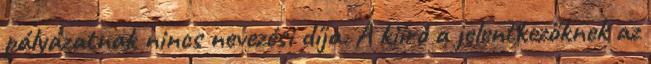
pályázatnak nincs nevezési díja. A kiíró a jelentkezőknek az